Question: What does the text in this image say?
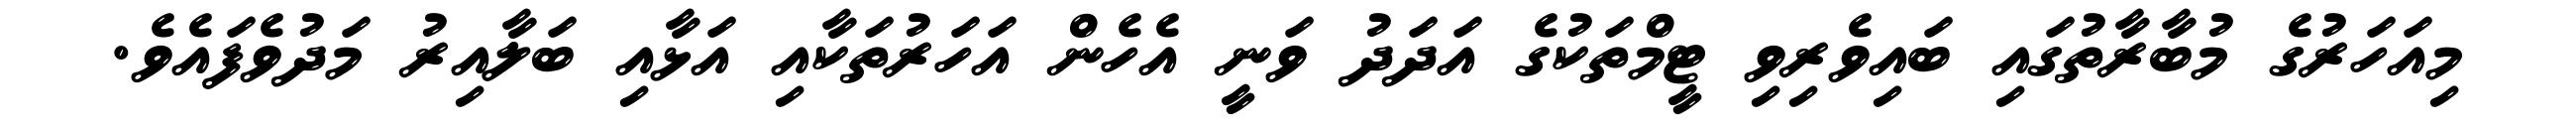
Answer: މިއަހަރުގެ މުބާރާތުގައި ބައިވެރިވި ޓީމްތަކުގެ އަދަދު ވަނީ އެހެން އަހަރުތަކާއި އަޅާއި ބަލާއިރު މަދުވެފައެވެ.